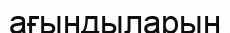
ағындыларын